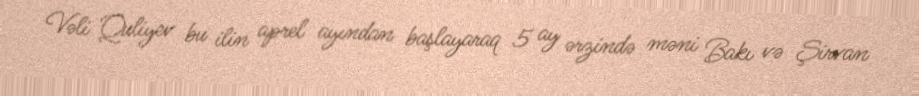
Vəli Quliyev bu ilin aprel ayından başlayaraq 5 ay ərzində məni Bakı və Şirvan